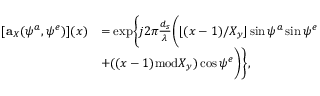
\begin{array} { r l } { [ \mathbf { a } _ { X } ( \psi ^ { a } , \psi ^ { e } ) ] ( x ) } & { = \mathrm { { e x p } } \bigg \{ j 2 \pi \frac { d _ { s } } { \lambda } \bigg ( \lfloor ( x - 1 ) / X _ { y } \rfloor \sin \psi ^ { a } \sin \psi ^ { e } } \\ & { + ( ( x - 1 ) { \mathrm { m o d } } X _ { y } ) \cos \psi ^ { e } \bigg ) \bigg \} , } \end{array}